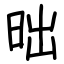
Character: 昢